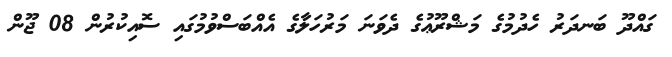
ގައްދޫ ބަނދަރު ހެދުމުގެ މަޝްރޫޢުގެ ދެވަނަ މަރުހަލާގެ އެއްބަސްވުމުގައި ސޮއިކުރުން 08 ޖޫން